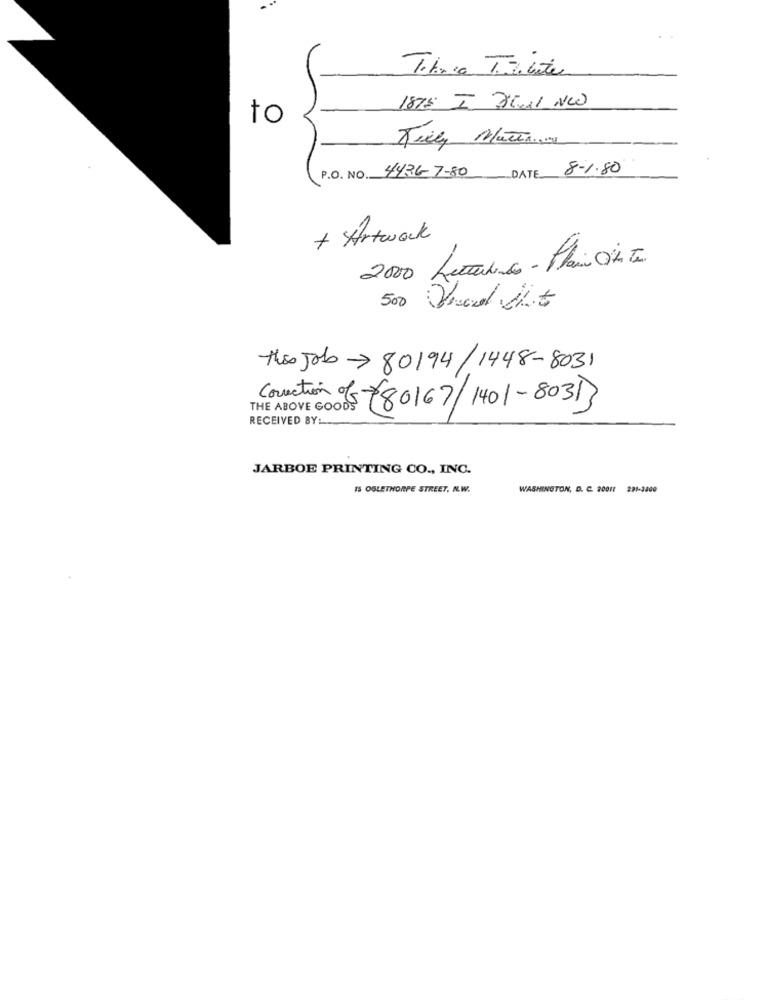
1875 I ZEMI NW
to
Tilly Mauer ...
P.O. NO. 44267-80
DATE 8-1.80
+ Artwork
2000 Lerine - Plus size
500 Shod Shit
This Job-80194/1448-8031
Correction of
35780167/1401-80313
RECEIVED BY:
JARBOE PRINTING CO ., INC.
IS OGLETHORPE STREET, N.W.
WASHINGTON, D. C. 90011 291-3200